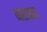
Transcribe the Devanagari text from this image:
मराठाच